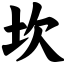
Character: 坎